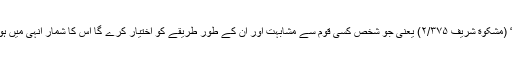
اور ان الفاظ میں وعید فرمائی ہے کہ: ”من تشبّہ بقوم فھو منھم“ (مشکوٰة شریف ۲/۳۷۵) یعنی جو شخص کسی قوم سے مشابہت اور ان کے طور طریقے کو اختیار کرے گا اس کا شمار انہی میں ہوگا؛ مگر افسوس کہ غیرقوموں کا طریقہ ہی آج ہمیں پسند ہے۔